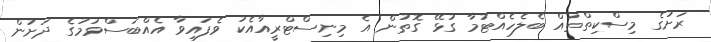
ރަށުގެ މިސްކިތްތައް ބެލެހެއްޓުމާ ގުޅޭ ގޮތުން އެ މިނިސްޓްރީއާއެކު ވެފައިވާ އެއްބަސްވުމުގެ ދަށުން